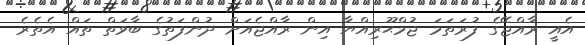
އެއީ ރާއްޖޭގެ ފުރަތަމަ ޖުމްޙޫރިއްޔާ އިން ރާއްޖެއަށް ދުންފަތުގެ ބާވަތް ތައް އެތެރެ